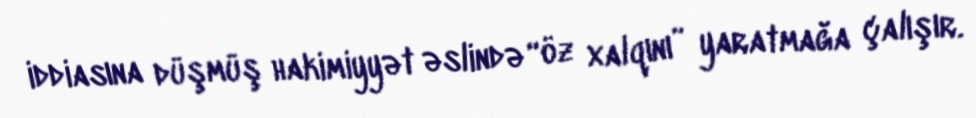
iddiasına düşmüş hakimiyyət əslində “öz xalqını” yaratmağa çalışır.